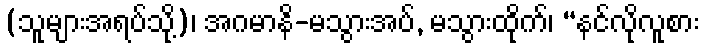
(သူများအရပ်သို့)၊ အဂမာနိ-မသွားအပ်, မသွားထိုက်၊ “နင်လိုလူစား